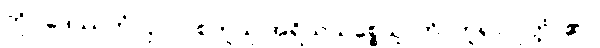
ကို။ ဒေဿတုံ၊ ငှာ။ “စတူသု အရိယသစ္စေသူ”တိ၊ ဟူ၍။ ဝုတ္တံ၊ ၏။